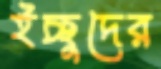
ইচ্ছুদের